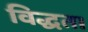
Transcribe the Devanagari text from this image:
विद्धता